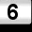
Digit: 6